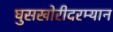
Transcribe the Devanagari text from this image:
घुसखोरीदरम्यान